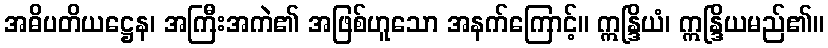
အဓိပတိယဋ္ဌေန၊ အကြီးအကဲ၏ အဖြစ်ဟူသော အနက်ကြောင့်။ ဣန္ဒြိယံ၊ ဣန္ဒြိယမည်၏။